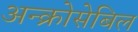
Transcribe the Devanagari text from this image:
अन्क्रोसेबिल